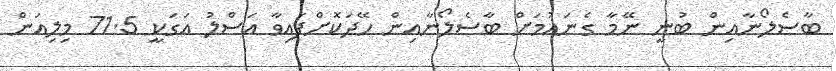
ބާސެލޯނާއިން ބުނީ ނޭމާ ގެނައުމަށް ބާސެލޯނާއިން ހޭދަކޮށްފައިވާ އަސްލު އަގަކީ 71.5 މިލިއަން